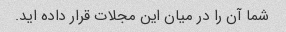
شما آن را در میان این مجلات قرار داده اید.